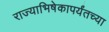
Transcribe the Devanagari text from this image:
राज्याभिषेकापर्यंतच्या